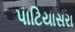
પાટિયાસરા